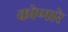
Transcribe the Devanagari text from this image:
कोणारे